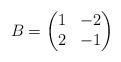
LaTeX: \begin{align*}B=\begin{pmatrix}1&-2\\2&-1\end{pmatrix}\end{align*}